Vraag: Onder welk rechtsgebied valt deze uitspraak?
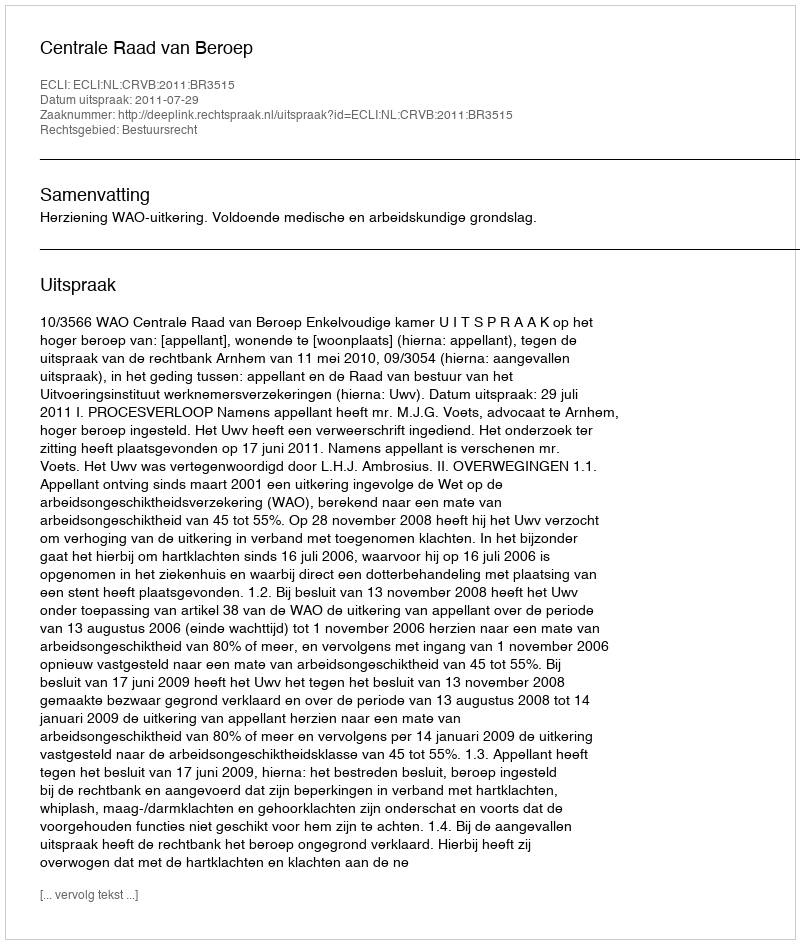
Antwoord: Bestuursrecht